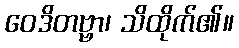
ဝေဒိတဗ္ဗာ၊ သိထိုက်၏။